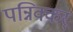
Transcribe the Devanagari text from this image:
पन्निक्कर्